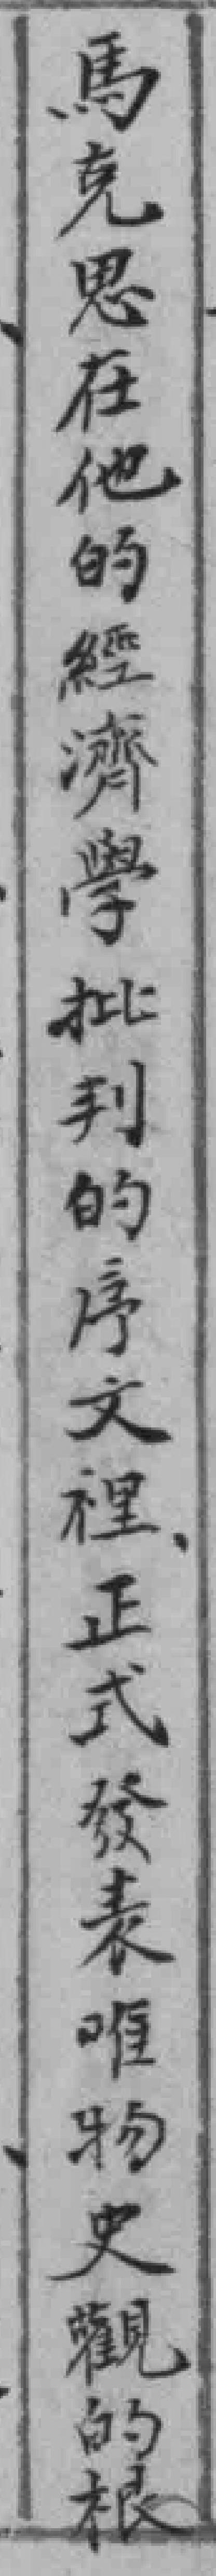
馬克思在他的經濟學批判的序文裡正式發表咀物史觀的根